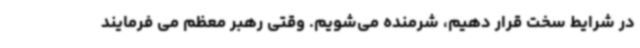
در شرایط سخت قرار دهیم، شرمنده می‌شویم. وقتی رهبر معظم می فرمایند